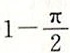
1 - \frac { \pi } { 2 }